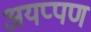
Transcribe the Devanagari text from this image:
अयप्पण